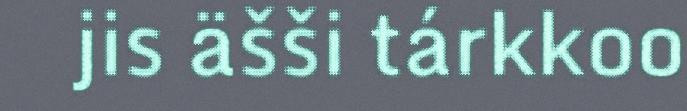
jis äšši tárkkoo